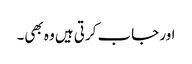
اور جاب کرتی ہیں وہ بھی۔